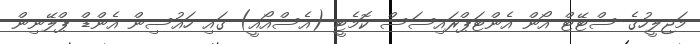
މަޖިލީހުގެ ސްޓޭޓް އޯން އެންޓަޕްރައިސަސް ކޮމެޓީ (އެސްއޯއީ) ގައި ހައުސިން އެންޑް ޕްލޭނިން